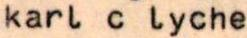
karl c lyche